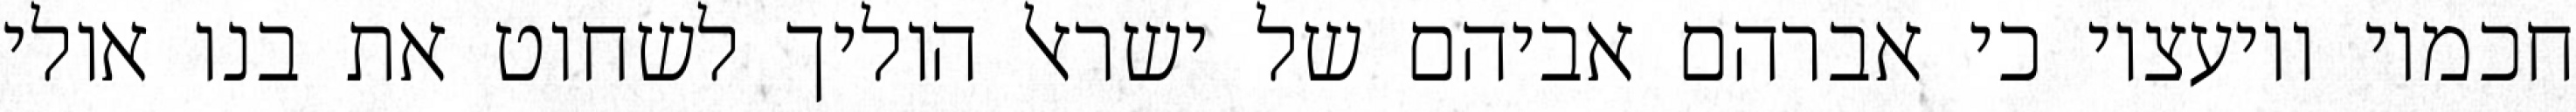
חכמיו ויועציו כי אברהם אביהם של ישראל הוליך לשחוט את בנו אולי